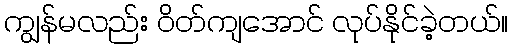
ကျွန်မလည်း ဝိတ်ကျအောင် လုပ်နိုင်ခဲ့တယ်။